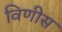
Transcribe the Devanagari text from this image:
विणीस